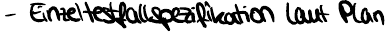
- Einzeltestfallspezifikation laut Plan